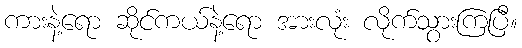
ကားနဲ့ရော ဆိုင်ကယ်နဲ့ရော အားလုံး လိုက်သွားကြပြီ။